Summary of further report on surra
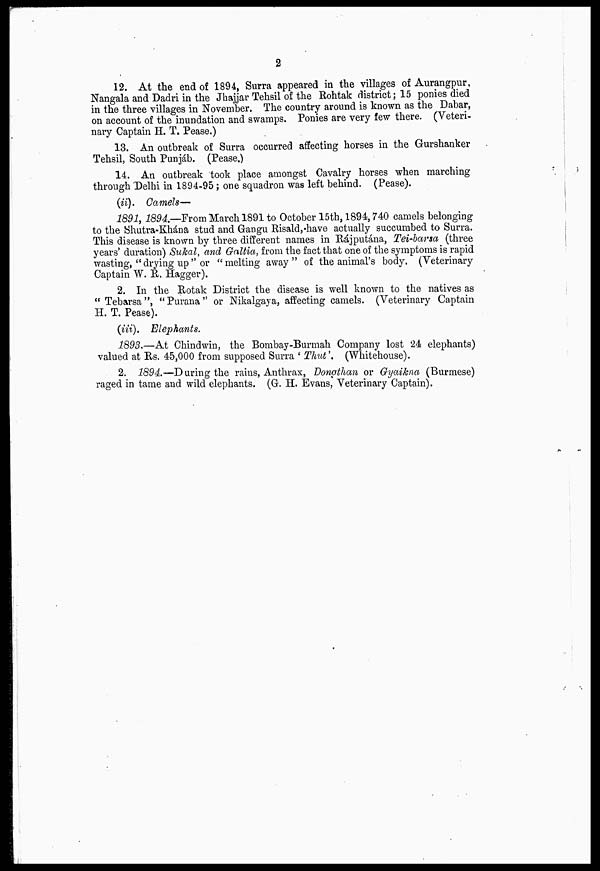
2
12. At the end of 1894, Surra appeared in the villages of Aurangpur,
Nangala and Dadri in the Jhajjar Tehsil of the Rohtak district; 15 ponies died
in the three villages in November. The country around is known as the Dabar,
on account of the inundation and swamps. Ponies are very few there. (Veteri-
nary Captain H. T. Pease.)
13. An outbreak of Surra occurred affecting horses in the Gurshanker
Tehsil, South Punjab. (Pease.)
14. An outbreak took place amongst Cavalry horses when marching
through Delhi in 1894-95; one squadron was left behind. (Pease).
(ii). Camels—
1891, 1894.—-From March 1891 to October 15th, 1894,740 camels belonging
to the Shutra-Khána stud and Gangu Risald,-have actually succumbed to Surra.
This disease is known by three different names in Rájputána, Tei-barsa (three
years' duration) Sukal, and Galtia, from the fact that one of the symptoms is rapid
wasting, " drying up " or "melting away" of the animal's body. (Veterinary
Captain W. R. Hagger).
2. In the Rotak District the disease is well known to the natives as
" Tebarsa", "Purana" or Nikalgaya, affecting camels. (Veterinary Captain
H. T. Pease).
(iii).
Elephants.
1893,—At Chindwin, the Bombay-Burmah Company lost 24 elephants)
valued at Rs. 45,000 from supposed Surra ' Thut'. (Whitehouse).
2. 1894.—D uring the rains, Anthrax, Dongthan or Gyaikna (Burmese)
raged in tame and wild elephants. (G. H. Evans,' Veterinary Captain).